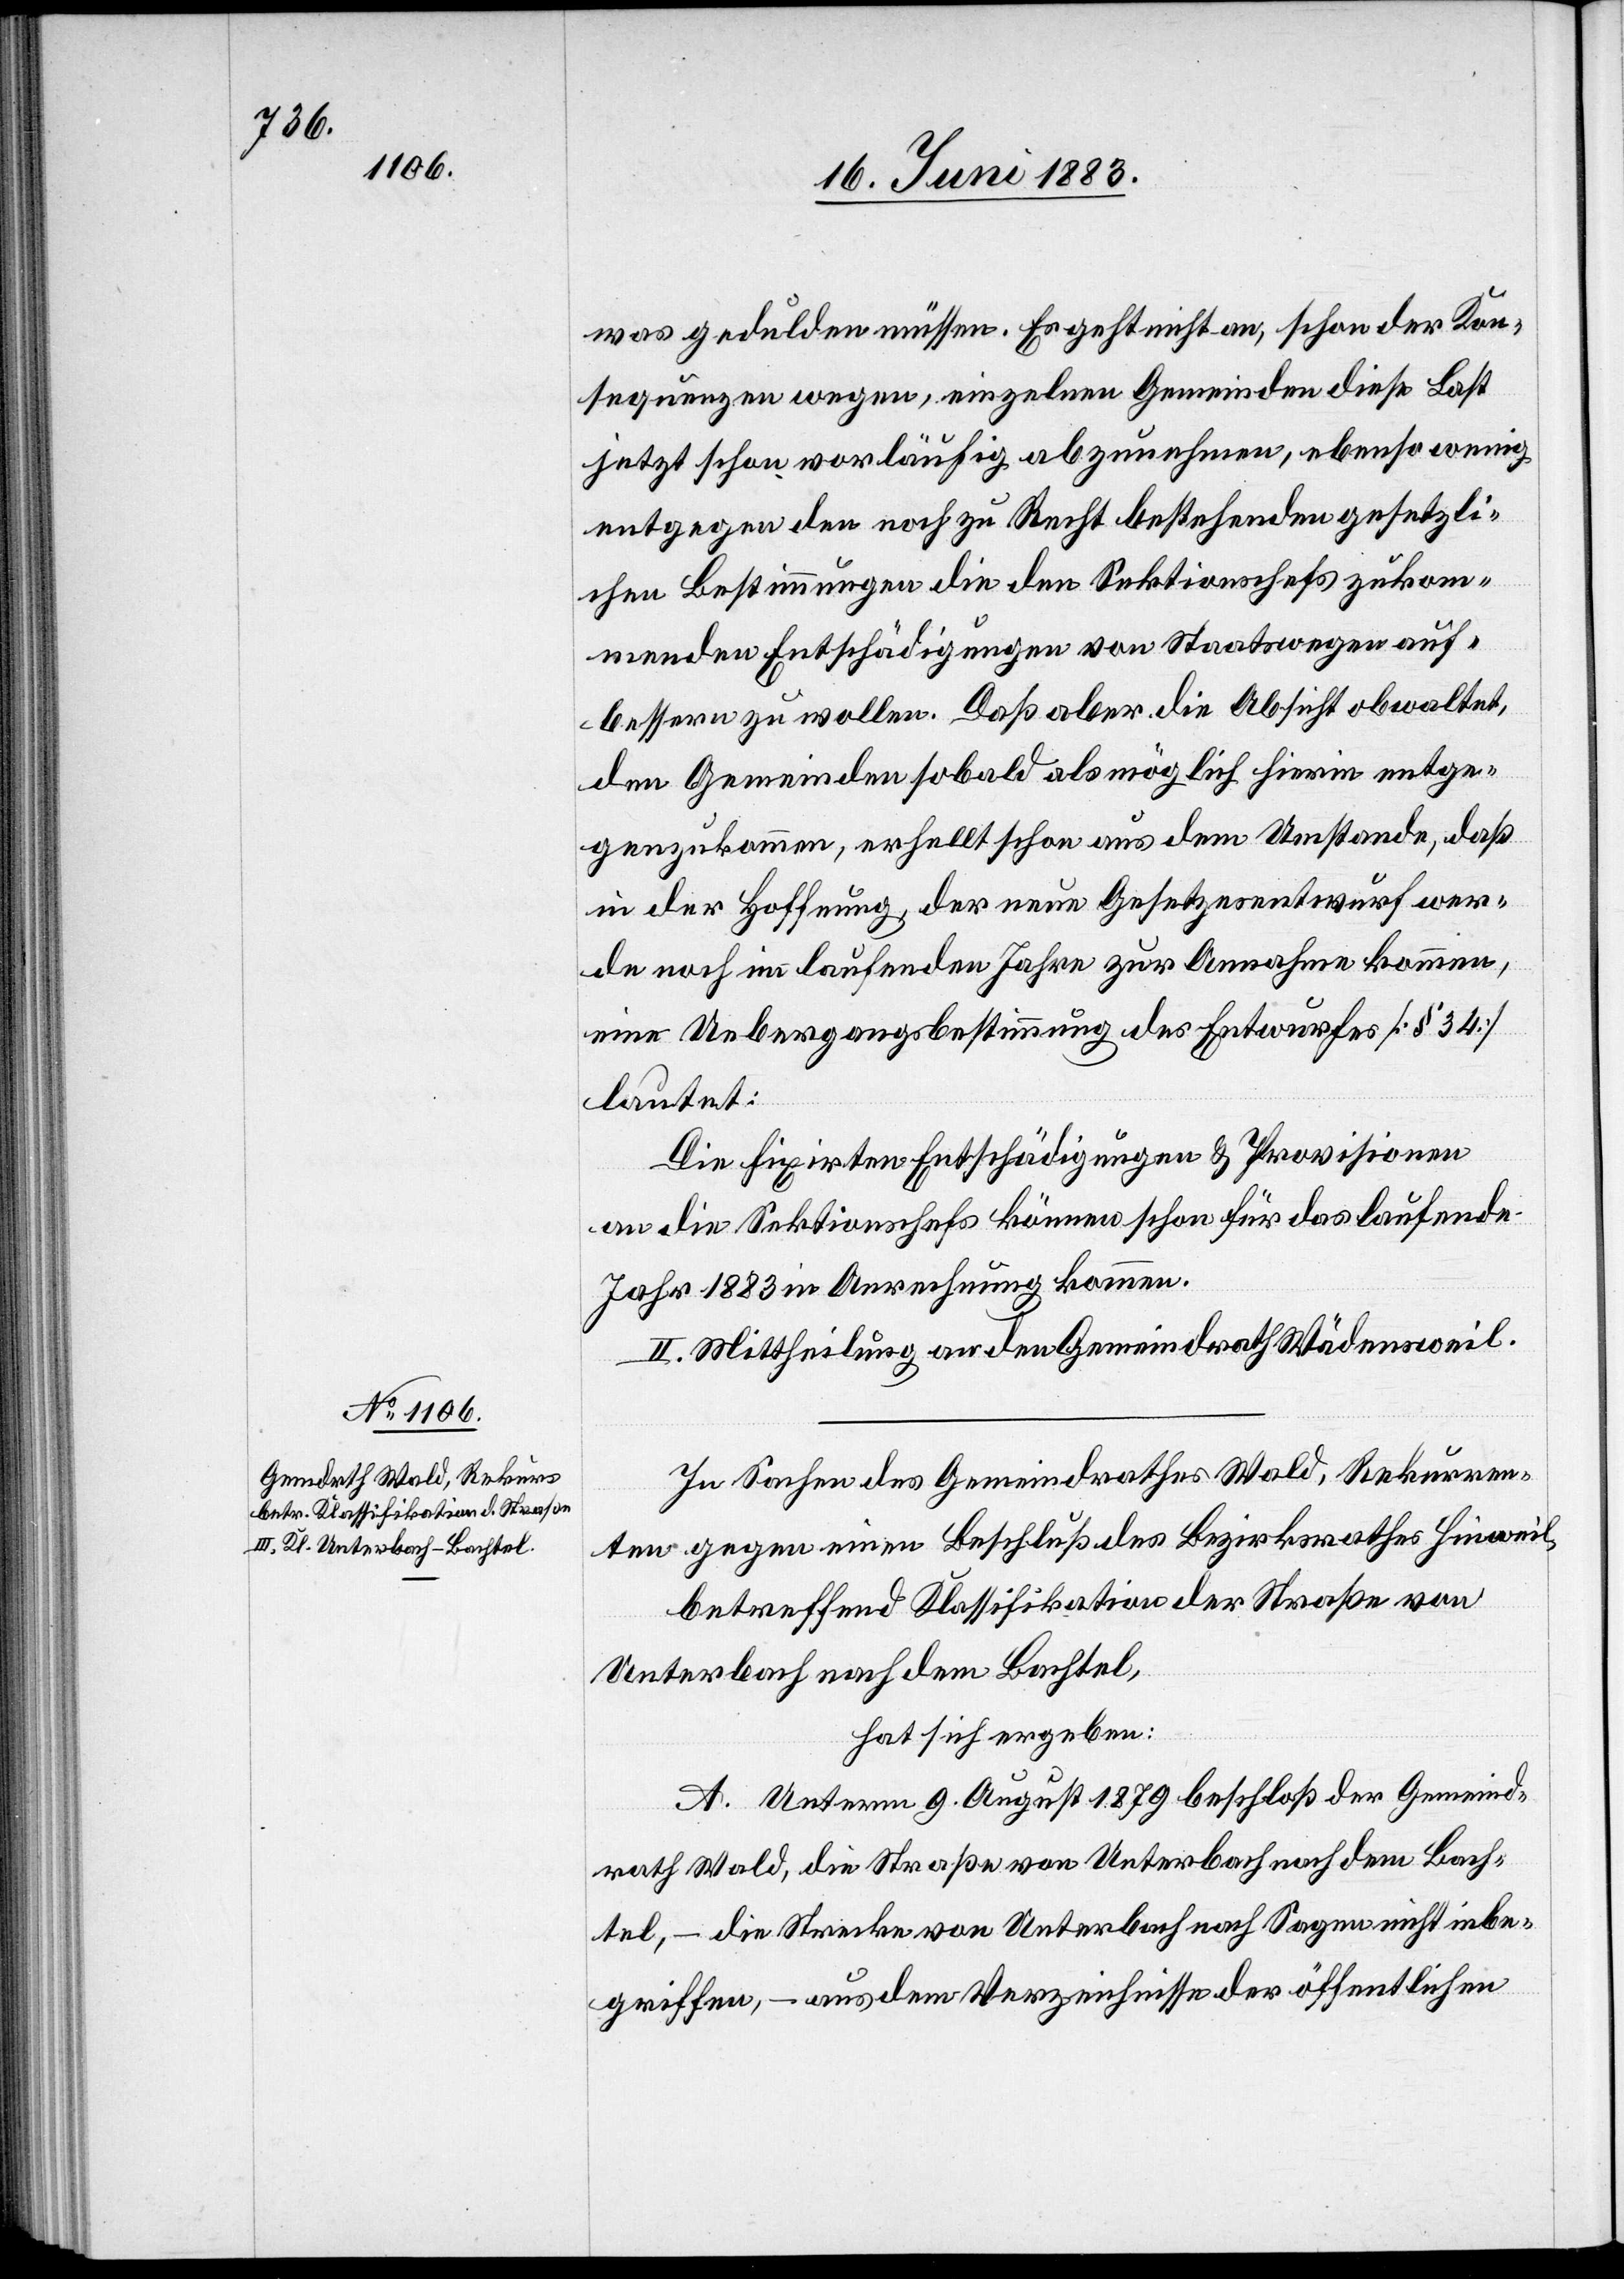
was gedulden müssen. Es geht nicht an, schon der Kon¬
sequenzen wegen, einzelnen Gemeinden diese Last
jetzt schon vorläufig abzunehmen, ebenso wenig
entgegen den noch zu Recht bestehenden gesetzli¬
chen Bestimmungen die den Sektionschefs zukom¬
menden Entschädigungen von Staatswegen auf¬
bessern zu wollen. Daß aber die Absicht obwaltet,
den Gemeinden sobald als möglich hierin entge¬
genzukommen, erhellt schon aus dem Umstande, daß
in der Hoffnung, der neue Gesetzesentwurf wer¬
de noch im laufenden Jahre zur Annahme kommen,
eine Uebergangsbestimmung des Entwurfes [§ 34]
lautet:
Die fixirten Entschädigungen & Provisionen
an die Sektionschefs können schon für das laufende
Jahr 1883 in Anrechnung kommen.
II. Mittheilung an den Gemeindrath Wädensweil.
In Sachen des Gemeindrathes Wald, Rekurren¬
ten gegen einen Beschluß des Bezirksrathes Hinweil,
betreffend Klassifikation der Straße von
Unterbach nach dem Bachtel,
hat sich ergeben:
A. Unterm 9. August 1879 beschloß der Gemeind¬
rath Wald, die Straße von Unterbach nach dem Bach¬
tel, – die Strecke von Unterbach nach Sagen nicht inbe¬
griffen, – aus dem Verzeichnisse der öffentlichen